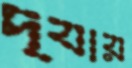
দ্যায়